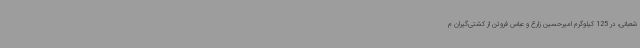
شعبانی، در 125 کیلوگرم امیرحسین زارع و عباس فروتن از کشتی‌گیران م